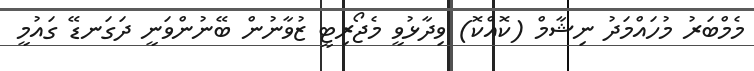
މެމްބަރު މުހައްމަދު ނިޝާމް (ކޮއްކޮ) ވިދާޅުވީ މެޖޯރިޓީ ޒުވާނުން ބޭނުންވަނީ ދަގަނޑޭ ގައުމީ